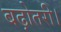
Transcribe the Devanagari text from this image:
बढ़ोतरी।